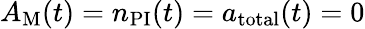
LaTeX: A_{\mathrm{M}}(t)=n_{\mathrm{PI}}(t)=a_{\mathrm{total}}(t)=0